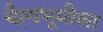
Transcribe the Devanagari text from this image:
चैत्यभूमीला